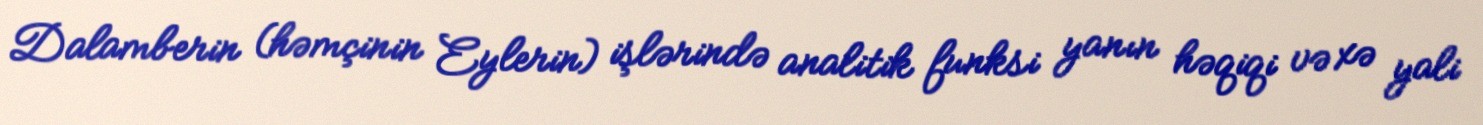
Dalamberin (həmçinin Eylerin) işlərində analitik funksi yanın həqiqi və xə yali